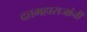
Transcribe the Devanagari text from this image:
दत्तमहाराजांनी